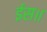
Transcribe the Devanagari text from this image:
ईस॥